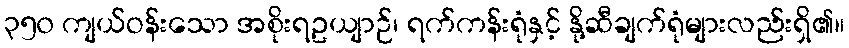
၃၅၀ ကျယ်ဝန်းသော အစိုးရဥယျာဉ်၊ ရက်ကန်းရုံနှင့် နို့ဆီချက်ရုံများလည်းရှိ၏။